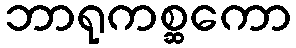
ဘာရုကစ္ဆကော